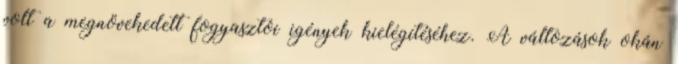
volt a megnövekedett fogyasztói igények kielégítéséhez. A változások okán